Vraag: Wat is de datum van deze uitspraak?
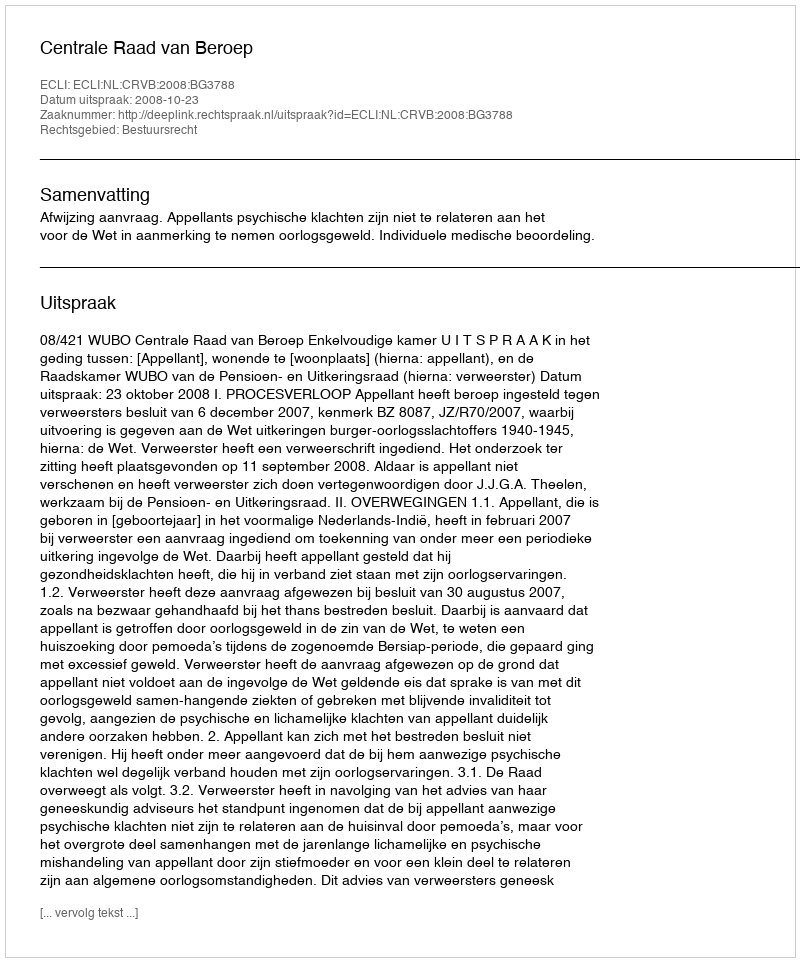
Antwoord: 2008-10-23